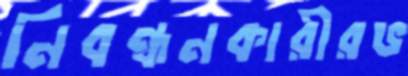
নিবন্ধনকারীরভ